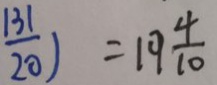
\frac { 1 3 1 } { 2 0 } ) = 1 9 \frac { 4 } { 1 0 }